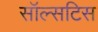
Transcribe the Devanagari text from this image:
सॉल्सटिस